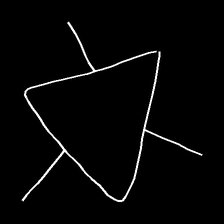
Glyph: fire